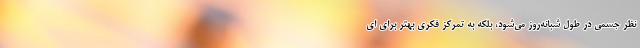
نظر جسمی در طول شبانه‌روز می‌شود، بلکه به تمرکز فکری بهتر برای ای